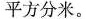
平方分米。